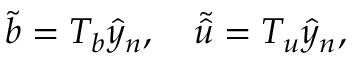
\boldsymbol { \tilde { b } } = \boldsymbol { T _ { b } } \boldsymbol { \hat { y } _ { n } } , \quad \boldsymbol { \tilde { \hat { u } } } = \boldsymbol { T _ { u } } \boldsymbol { \hat { y } _ { n } } ,